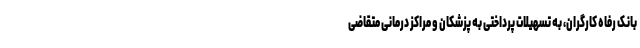
بانک رفاه کارگران، به تسهیلات پرداختی به پزشکان و مراکز درمانی متقاضی